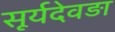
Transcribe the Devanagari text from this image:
सूर्यदेवड़ा